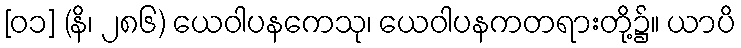
[၀၁] (နိ၊ ၂၈၆) ယေဝါပနကေသု၊ ယေဝါပနကတရားတို့၌။ ယာပိ